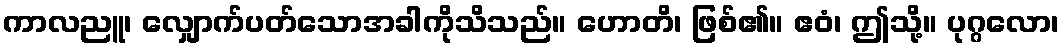
ကာလညူ၊ လျှောက်ပတ်သောအခါကိုသိသည်။ ဟောတိ၊ ဖြစ်၏။ ဧဝံ၊ ဤသို့။ ပုဂ္ဂလော၊